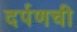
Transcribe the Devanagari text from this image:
दर्पणची